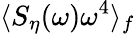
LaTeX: \langle S_{\eta}(\omega)\omega^{4}\rangle_{f}